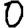
Digit: 0